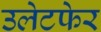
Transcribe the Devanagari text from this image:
उलेटफेर